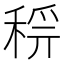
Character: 𥟝